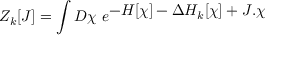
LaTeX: { \cal Z } _ { k } [ J ] = \int D \chi \ e ^ { \displaystyle - H [ \chi ] - \Delta H _ { k } [ \chi ] + J . \chi }